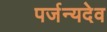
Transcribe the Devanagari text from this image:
पर्जन्यदेव